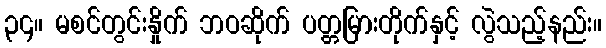
၃၄။ မစင်တွင်းနှိုက် ဘဝဆိုက် ပတ္တမြားတိုက်နှင့် လွဲသည့်နည်း။